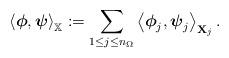
LaTeX: \begin{align*}\left\langle\mbox{\boldmath$ \phi$},\mbox{\boldmath$ \psi$}\right\rangle _{\mathbb{X}}:=\sum_{1\leq j\leq n_{\Omega}}\left\langle\mbox{\boldmath$ \phi$}_{j},\mbox{\boldmath$ \psi$}_{j}\right\rangle _{\mathbf{X}_{j}}. \end{align*}